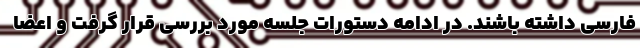
فارسی داشته باشند. در ادامه دستورات جلسه مورد بررسی قرار گرفت و اعضا